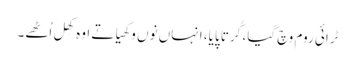
ٹرائی روم وچ گیا، کُرتا پایا، انہاں نوں وکھیا تے اوہ کھِل اُٹھے۔